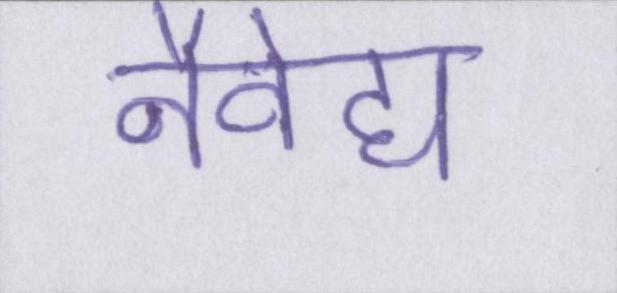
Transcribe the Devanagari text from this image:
नैवेद्य